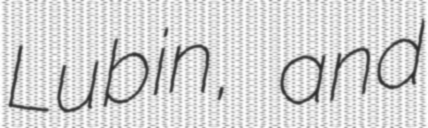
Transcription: Lubin, and